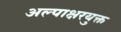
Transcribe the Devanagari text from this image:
अल्पाक्षरयुक्त